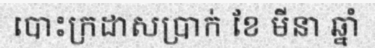
បោះក្រដាសប្រាក់ ខែ មីនា ឆ្នាំ